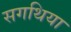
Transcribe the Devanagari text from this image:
सगथिया